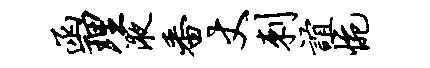
函理液番丈刺谊惋